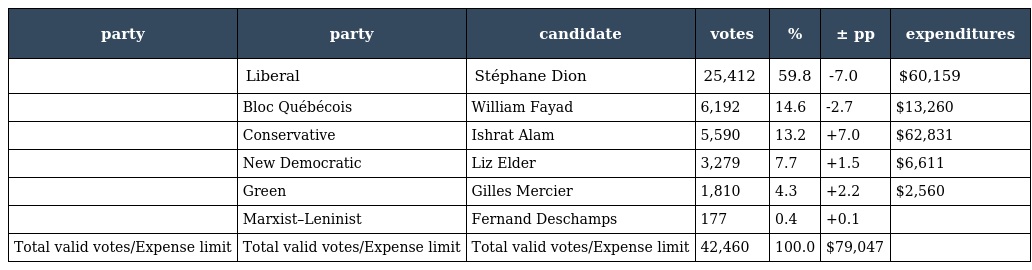
| party | party | candidate | votes | % | ± pp | expenditures |
 | --- | --- | --- | --- | --- | --- | --- |
 |  | Liberal | Stéphane Dion | 25,412 | 59.8 | -7.0 | $60,159 |
 |  | Bloc Québécois | William Fayad | 6,192 | 14.6 | -2.7 | $13,260 |
 |  | Conservative | Ishrat Alam | 5,590 | 13.2 | +7.0 | $62,831 |
 |  | New Democratic | Liz Elder | 3,279 | 7.7 | +1.5 | $6,611 |
 |  | Green | Gilles Mercier | 1,810 | 4.3 | +2.2 | $2,560 |
 |  | Marxist–Leninist | Fernand Deschamps | 177 | 0.4 | +0.1 |  |
 | Total valid votes/Expense limit | Total valid votes/Expense limit | Total valid votes/Expense limit | 42,460 | 100.0 | $79,047 |  |